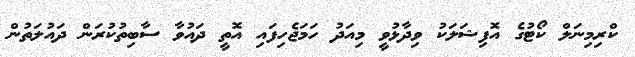
ކްރިމިނަލް ކޯޓުގެ އޮފިޝަލަކު ވިދާޅުވީ މިއަދު ހަމަޖެހިފައި އޮތީ ދައުވާ ސާބިތުކުރަން ދައުލަތުން